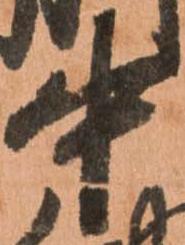
中